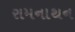
રામનાથન